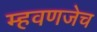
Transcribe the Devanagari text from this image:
म्हवणजेच